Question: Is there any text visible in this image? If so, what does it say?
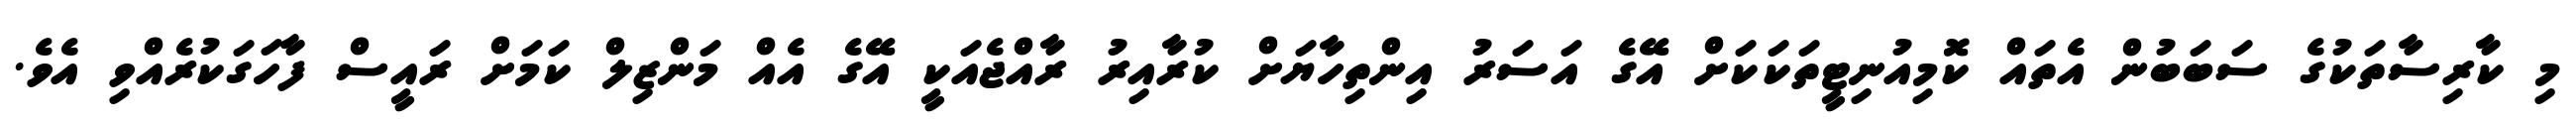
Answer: މި ކާރިސާތަކުގެ ސަބަބުން އެތައް ކޮމިއުނިޓީތަކަކަށް އޭގެ އަސަރު އިންތިހާޔަށް ކުރާއިރު ރާއްޖެއަކީ އޭގެ އެއް މަންޒިލް ކަމަށް ރައީސް ފާހަގަކުރެއްވި އެވެ.